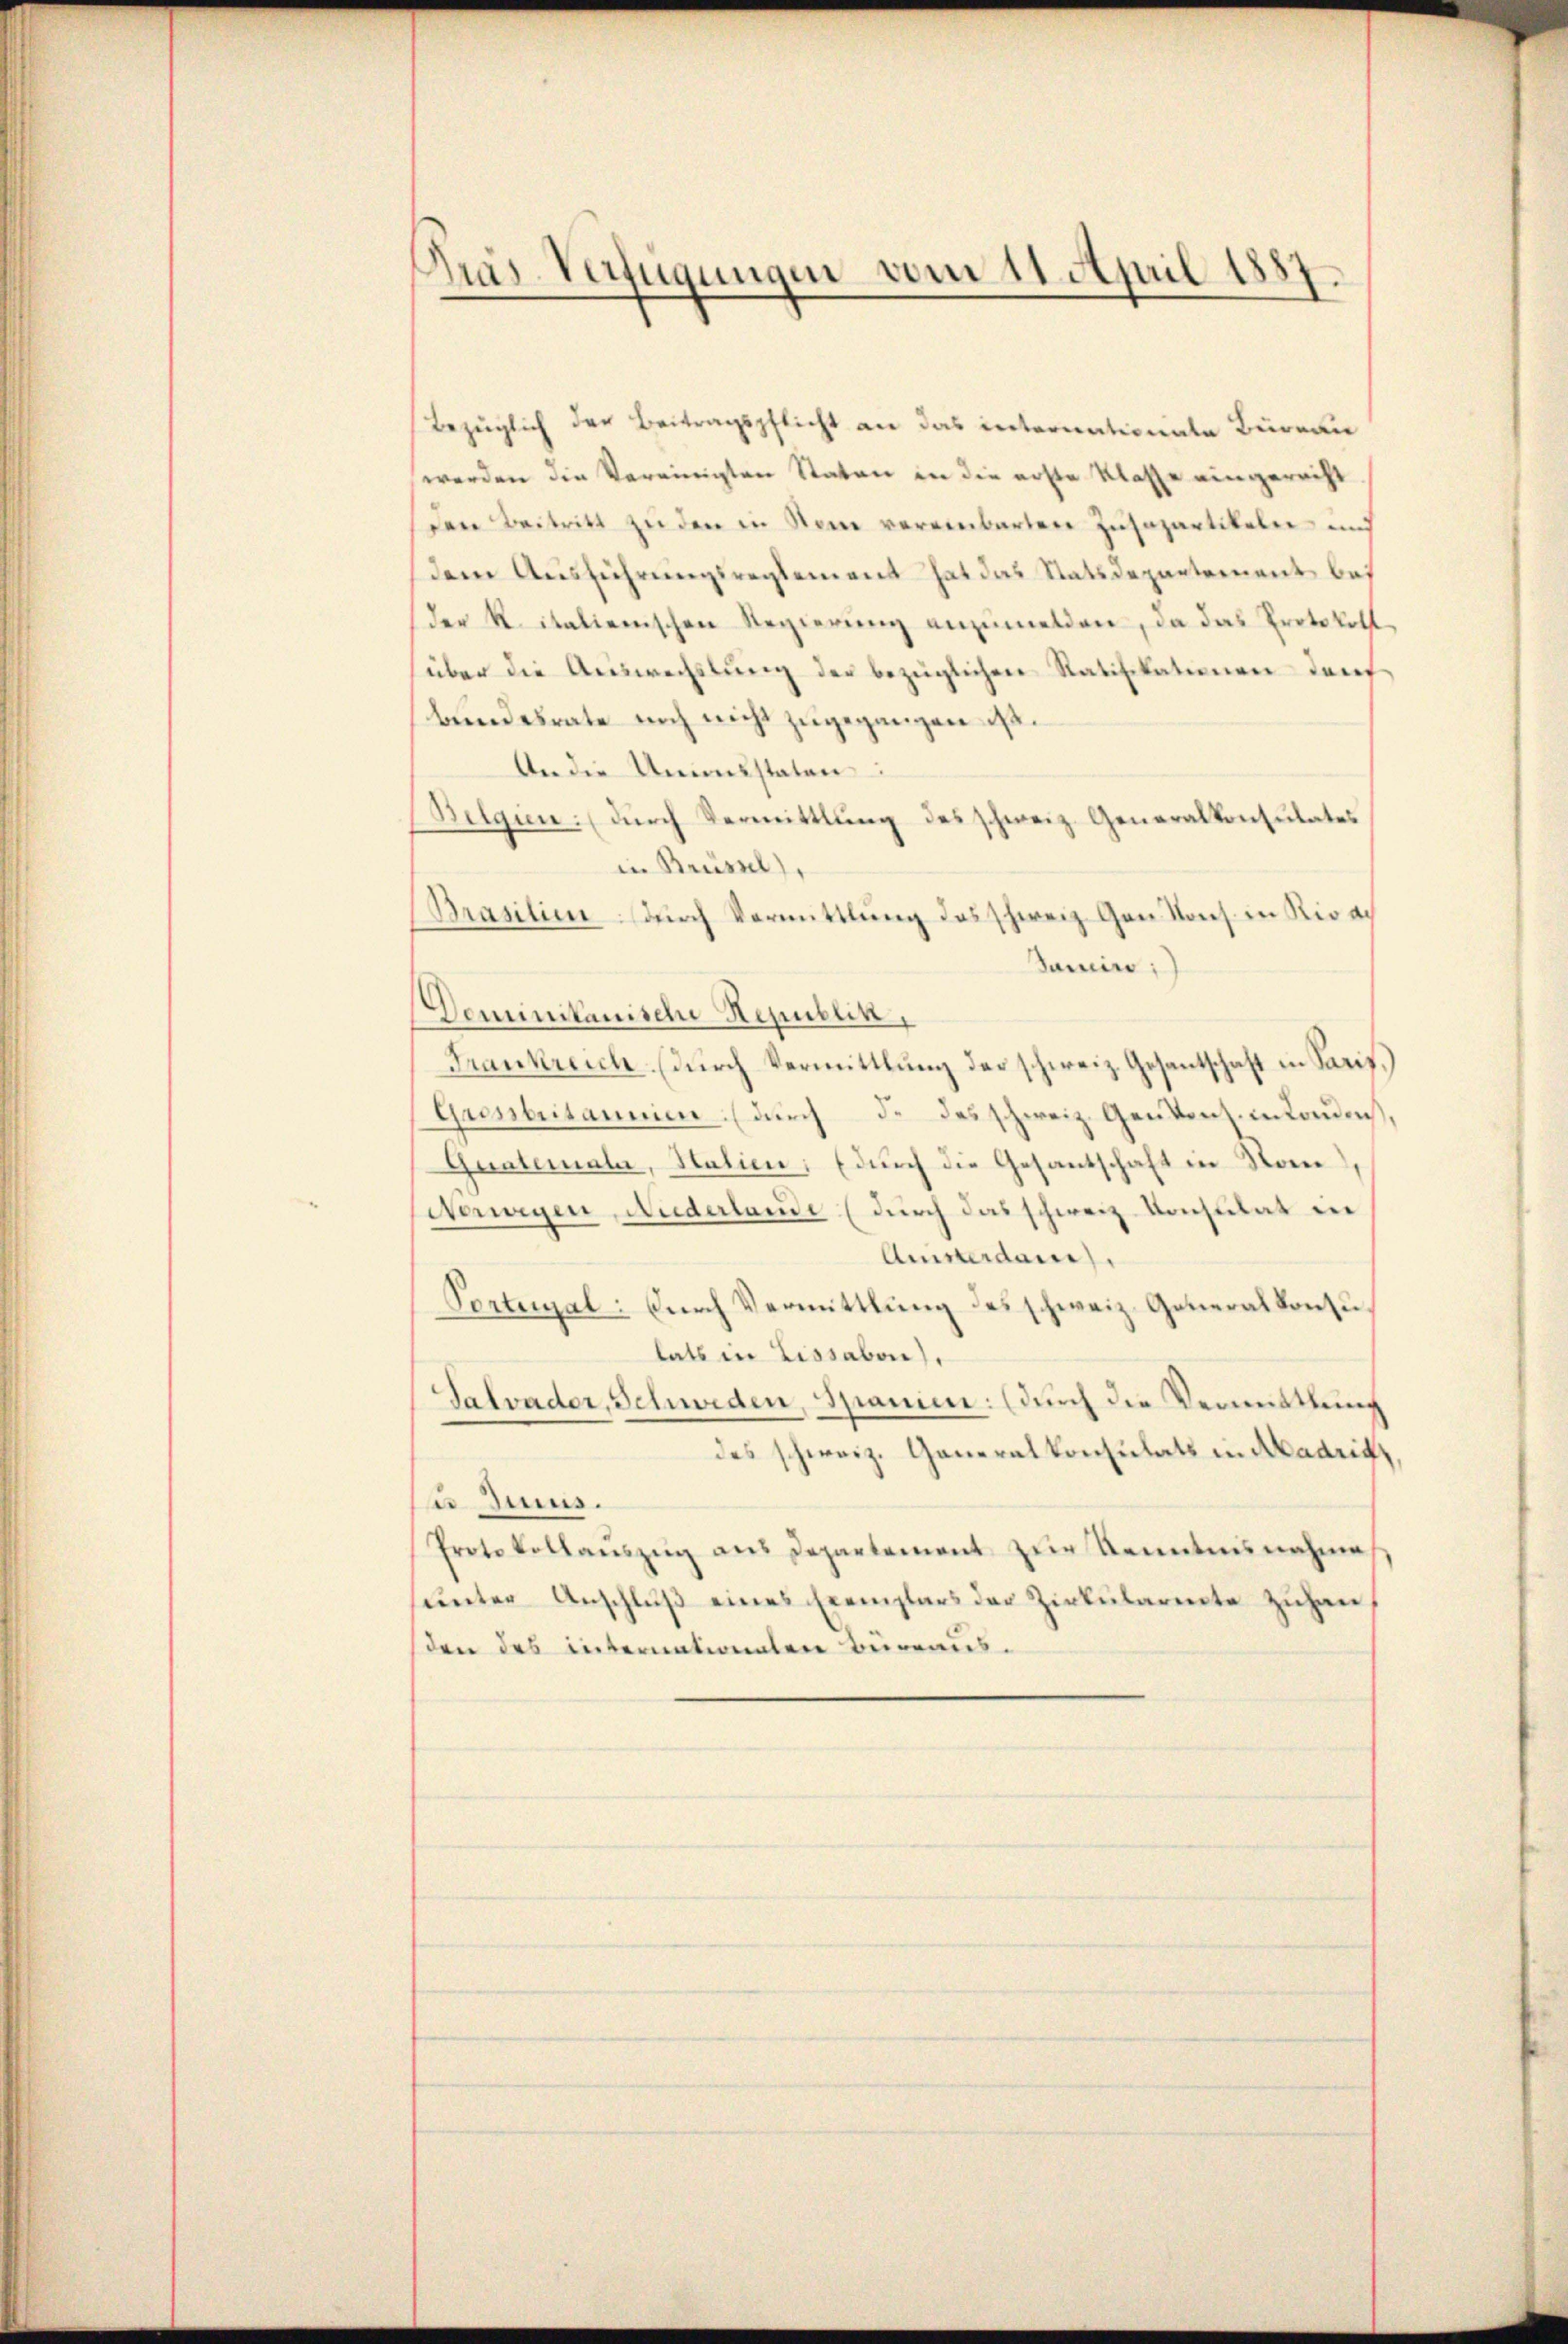
Kras-Verfügungen vom 11. April 1887
.

Bezüglich der Beitragspflicht an das internationale Büreau
werden die Vereinigten Staten in die erste Klasse eingerecht
den Beitritt zu den in Nein vereinbarten Zusapartikele und
dem Ausführungsreglement hat das Statsdepartement bei
der K. italienischen Regierung anzumelden, da das Protokollüber die Auswechslung der bezüglichen Ratifikationen denbundesrate noch nicht zugegangen ist.
An die Unionsstaten
Belgien. (durch Vermittlung des schweiz. Generalkonsulates
in Brüssel,
Prasilien durch Vermittlung des Schweiz. Gen Kons. in Rioac
Samin:
Dominikanische Republik,
Frankreich. (durch Vermittlung der schweiz. Gesantschaft in Saris.
Grenbritannien. (durch d. das schweiz. Gentenz insonden,
Guatemali, Statien; (durch die Gesantschaft in Son
Norwegen, Niederlande (durch das schweiz. Konsulat in
Amisterdame.
Portenal: Durch Vermittlung des schweiz. Generalkonsulats in Lissabon),
Talvader, Schweden, Spanien: (durch die Vermittlung
des schweiz. Generalkonsulats in Madriss,
u Juus.
Protokollauszug aus Departement zur Kenntnisnahme
sunter Anschluß eines Exemplars der Zirkularente zuhanden des internationaten Büreaus.